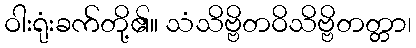
ဝါးရုံးခက်တို့၏။ သံသိဗ္ဗိတဝိသိဗ္ဗိတတ္တာ၊